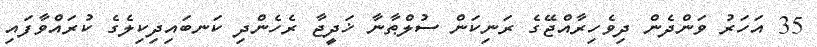
35 އަހަރު ވަންދެން ދިވެހިރާއްޖޭގެ ރަނިކަން ސުލްޠާނާ ޚަދީޖާ ރެހެންދި ކަނބައިދިކިލެގެ ކުރައްވާފައި